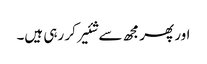
اور پھر مجھ سے شئیر کر رہی ہیں۔